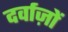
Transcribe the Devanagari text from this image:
दर्वाज़ों